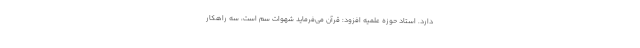
دارد. استاد حوزه علمیه افزود: قرآن می‌فرماید شهوات سم است، سه راهکار